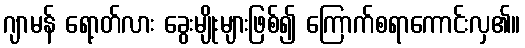
ဂျာမန် ရော့တ်လား ခွေးမျိုးများဖြစ်၍ ကြောက်စရာကောင်းလှ၏။